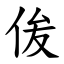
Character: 㑓